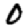
Digit: 0